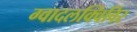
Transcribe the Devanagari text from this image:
ग्वादलक्विविर